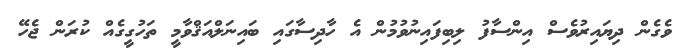
ވެެގެން ދިޔައިރުވެސް އިންސާފު ލިބިފައިނުވުމުން އެ ހާދިސާގައި ބައިނަލްއަޤްވާމީ ތަހުގީގެއް ކުރަން ޖެހޭ